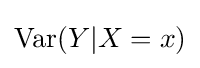
\operatorname {Var} (Y|X=x)